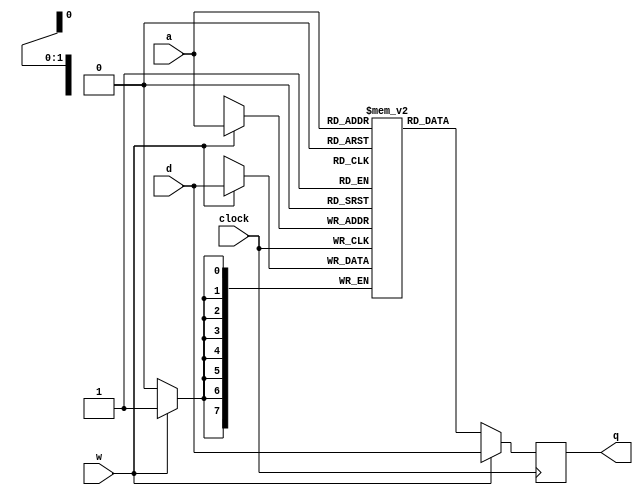
//-------------------------------------------------------------------------------------------------
//  Single port RAM
//-------------------------------------------------------------------------------------------------
//  This file is part of the Elan Enterprise FPGA implementation project.
//  Copyright (C) 2023 Kyp069 <kyp069@gmail.com>
//
//  This program is free software; you can redistribute it and/or modify it under the terms 
//  of the GNU General Public License as published by the Free Software Foundation;
//  either version 3 of the License, or (at your option) any later version.
//
//  This program is distributed in the hope that it will be useful, but WITHOUT ANY WARRANTY;
//  without even the implied warranty of MERCHANTABILITY or FITNESS FOR A PARTICULAR PURPOSE.
//  See the GNU General Public License for more details.
//
//  You should have received a copy of the GNU General Public License along with this program;
//  if not, If not, see <https://www.gnu.org/licenses/>.
//-------------------------------------------------------------------------------------------------
module ram
//-------------------------------------------------------------------------------------------------
#
(
	parameter KB = 0,
	parameter FN = ""
)
(
	input  wire                      clock,
	input  wire[$clog2(KB*1024)-1:0] a,
	input  wire[                7:0] d,
	output reg [                7:0] q,
	input  wire                      w
);
//-------------------------------------------------------------------------------------------------

reg[7:0] mem[(KB*1024)-1:0];
initial if(FN != "") $readmemh(FN, mem);

always @(posedge clock) if(w) begin q <= d; mem[a] <= d; end else q <= mem[a];

//-------------------------------------------------------------------------------------------------
endmodule
//-------------------------------------------------------------------------------------------------